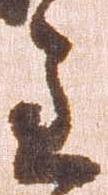
主